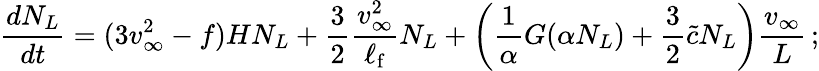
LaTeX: \frac{dN_{L}}{dt}=(3v_{\infty}^{2}-f)HN_{L}+\frac{3}{2}\frac{v_{\infty}^{2}}{\ell_{\mathrm{f}}}N_{L}+\left(\frac{1}{\alpha}G(\alpha N_{L})+\frac{3}{2}{\tilde{c}}N_{L}\right)\frac{v_{\infty}}{L}\, ;